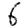
Digit: 6